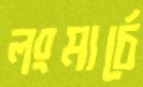
লংমার্চে